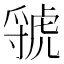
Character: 虢